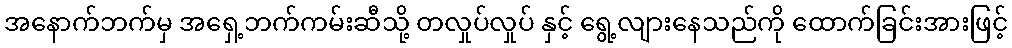
အနောက်ဘက်မှ အရှေ့ဘက်ကမ်းဆီသို့ တလှုပ်လှုပ် နှင့် ရွေ့လျားနေသည်ကို ထောက်ခြင်းအားဖြင့်